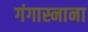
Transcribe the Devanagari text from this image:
गंगास्नाना